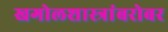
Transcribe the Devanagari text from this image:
खगोलशास्त्रांबरोबर